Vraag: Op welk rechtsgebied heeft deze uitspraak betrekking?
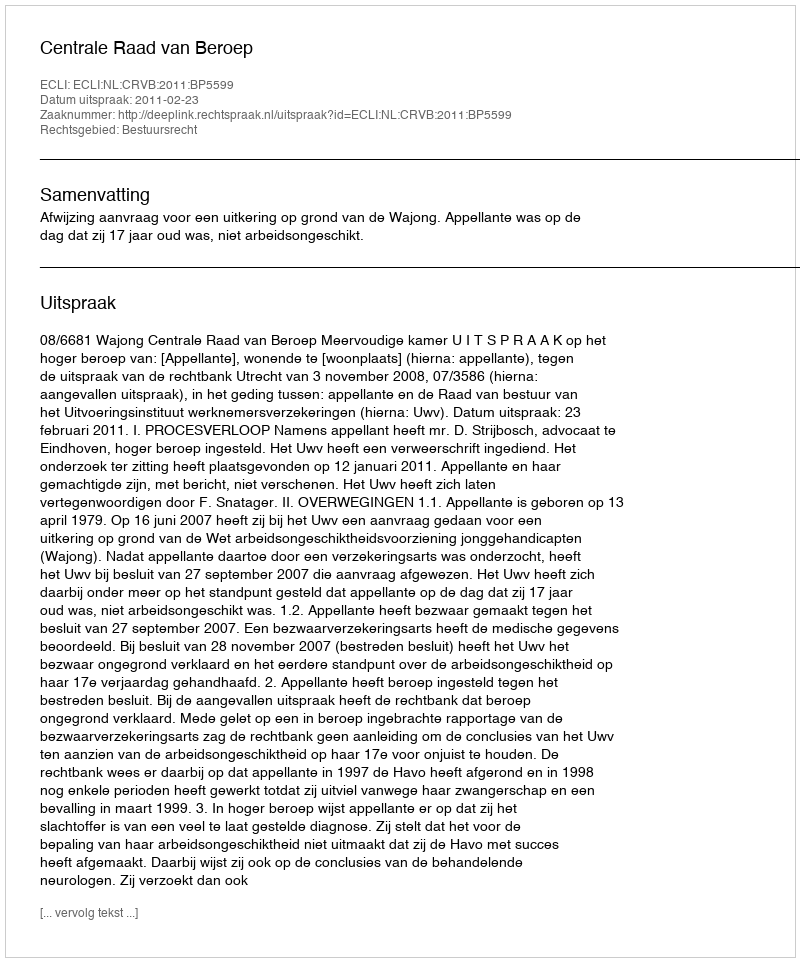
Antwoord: Bestuursrecht